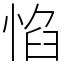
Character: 惂